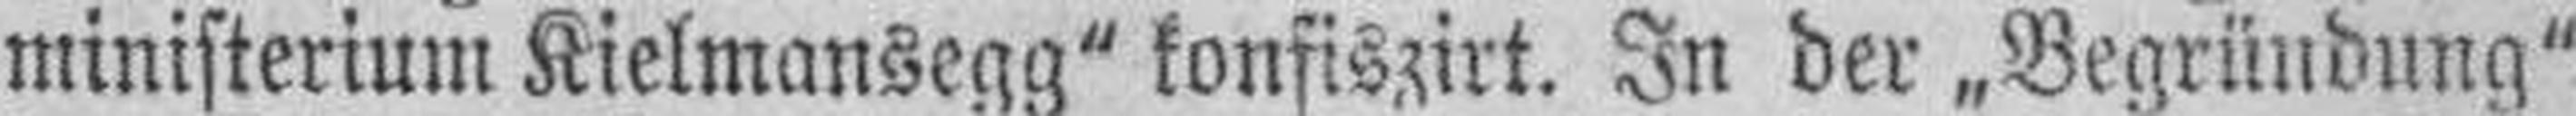
ministerium Kielmansegg" konfiszirt. In der „Begründung"